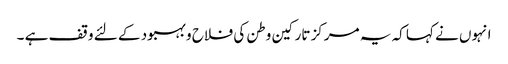
انہوں نے کہا کہ یہ مرکز تارکین وطن کی فلاح و بہبود کے لئے وقف ہے ۔